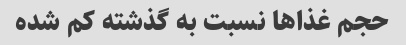
حجم غذا‌ها نسبت به گذشته کم شده